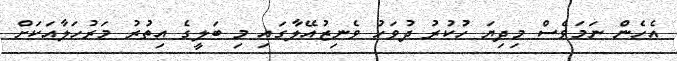
އެހެން ނަމަވެސް މިދިޔަ ހުކުރު ދުވަހު ވެނިޒުއޭލާގައި މި ބަލީގެ އިތުރު މަރުހަލާއަކަށް